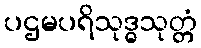
ပဌမပရိသုဒ္ဓသုတ္တံ